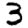
Digit: 3